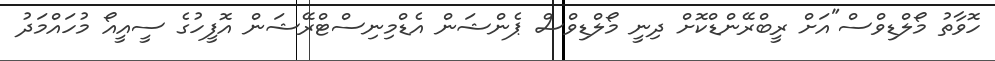
ހޮވާތު މޯލްޑިވްސް"އަށް ރީބްރޭންޑްކޮށް ދިނީ މޯލްޑިވްސް ޕެންޝަން އެޑްމިނިސްޓްރޭޝަން އޮފީހުގެ ސީއީއޯ މުހައްމަދު